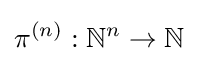
\pi ^{(n)}:\mathbb {N} ^{n}\to \mathbb {N}